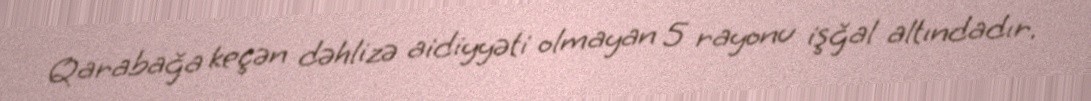
Qarabağa keçən dəhlizə aidiyyəti olmayan 5 rayonu işğal altındadır.